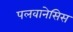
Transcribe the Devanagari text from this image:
पलवानेसिस